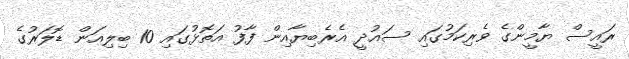
ރައީސް ޔާމީންގެ ވެރިކަމުގައި ސައުދީ އެރެބިޔާއިން ފާފު އަތޮޅުގައި 10 ބިލިއަން ޑޮލަރުގެ